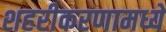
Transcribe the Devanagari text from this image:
शहरीकरणामध्ये